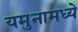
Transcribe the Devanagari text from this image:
यमुनामध्ये